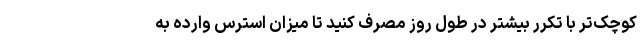
کوچک‌تر با تکرر بیشتر در طول روز مصرف کنید تا میزان استرس وارده به